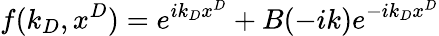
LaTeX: f(k_{D},x^{D})=e^{ik_{D}x^{D}}+B(-ik)e^{-ik_{D}x^{D}}